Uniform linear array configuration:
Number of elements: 32
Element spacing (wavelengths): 0.5
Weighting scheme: hann
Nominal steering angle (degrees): -30
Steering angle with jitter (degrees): -28.8
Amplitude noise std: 0.05
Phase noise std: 0.05

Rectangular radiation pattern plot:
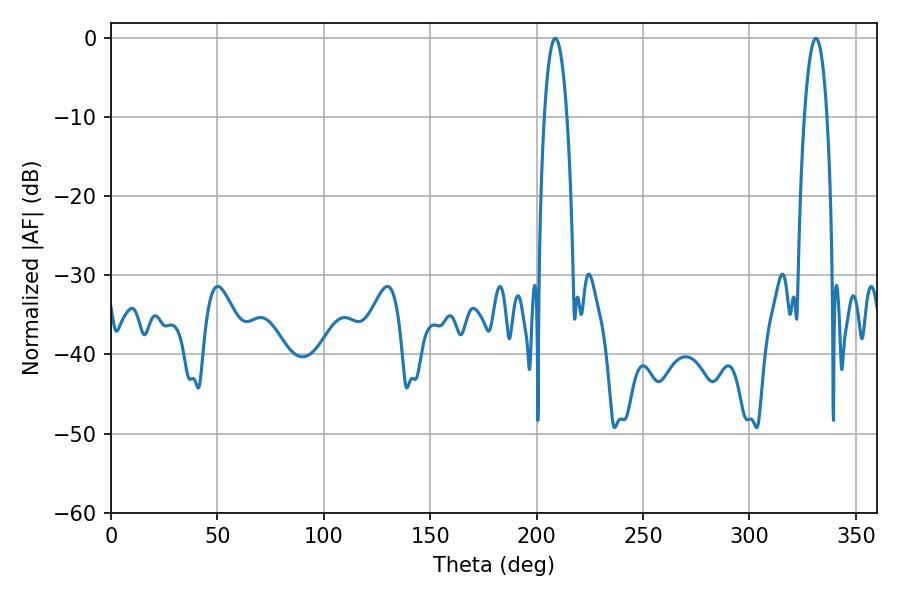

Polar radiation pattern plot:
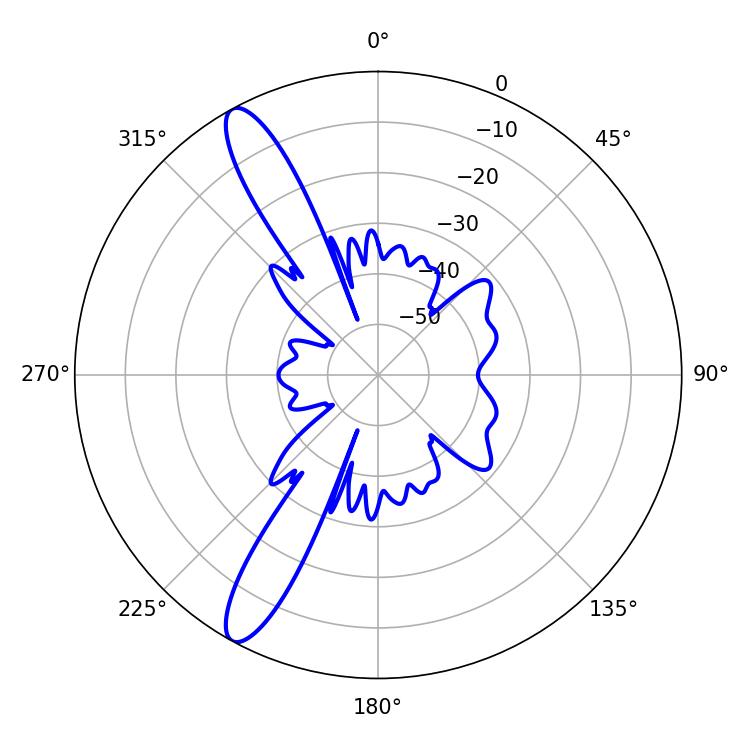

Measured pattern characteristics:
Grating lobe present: FALSE
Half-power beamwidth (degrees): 5.76
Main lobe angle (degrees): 331.2